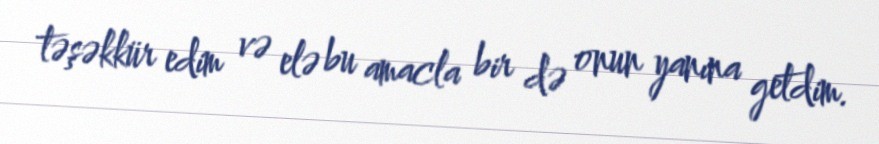
təşəkkür edim və elə bu amacla bir də onun yanına getdim.